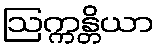
ဩက္ကန္တိယာ